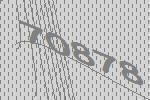
70878